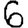
Digit: 6